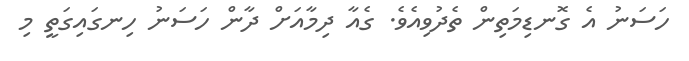
ހަސަނު އެ ގޮނޑިމަތިން ތެދުވިއެވެ. ގެއާ ދިމާއަށް ދާން ހަސަނު ހިނގައިގަތީ މި